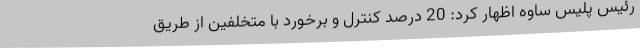
رئیس پلیس ساوه اظهار کرد: 20 درصد کنترل و برخورد با متخلفین از طریق